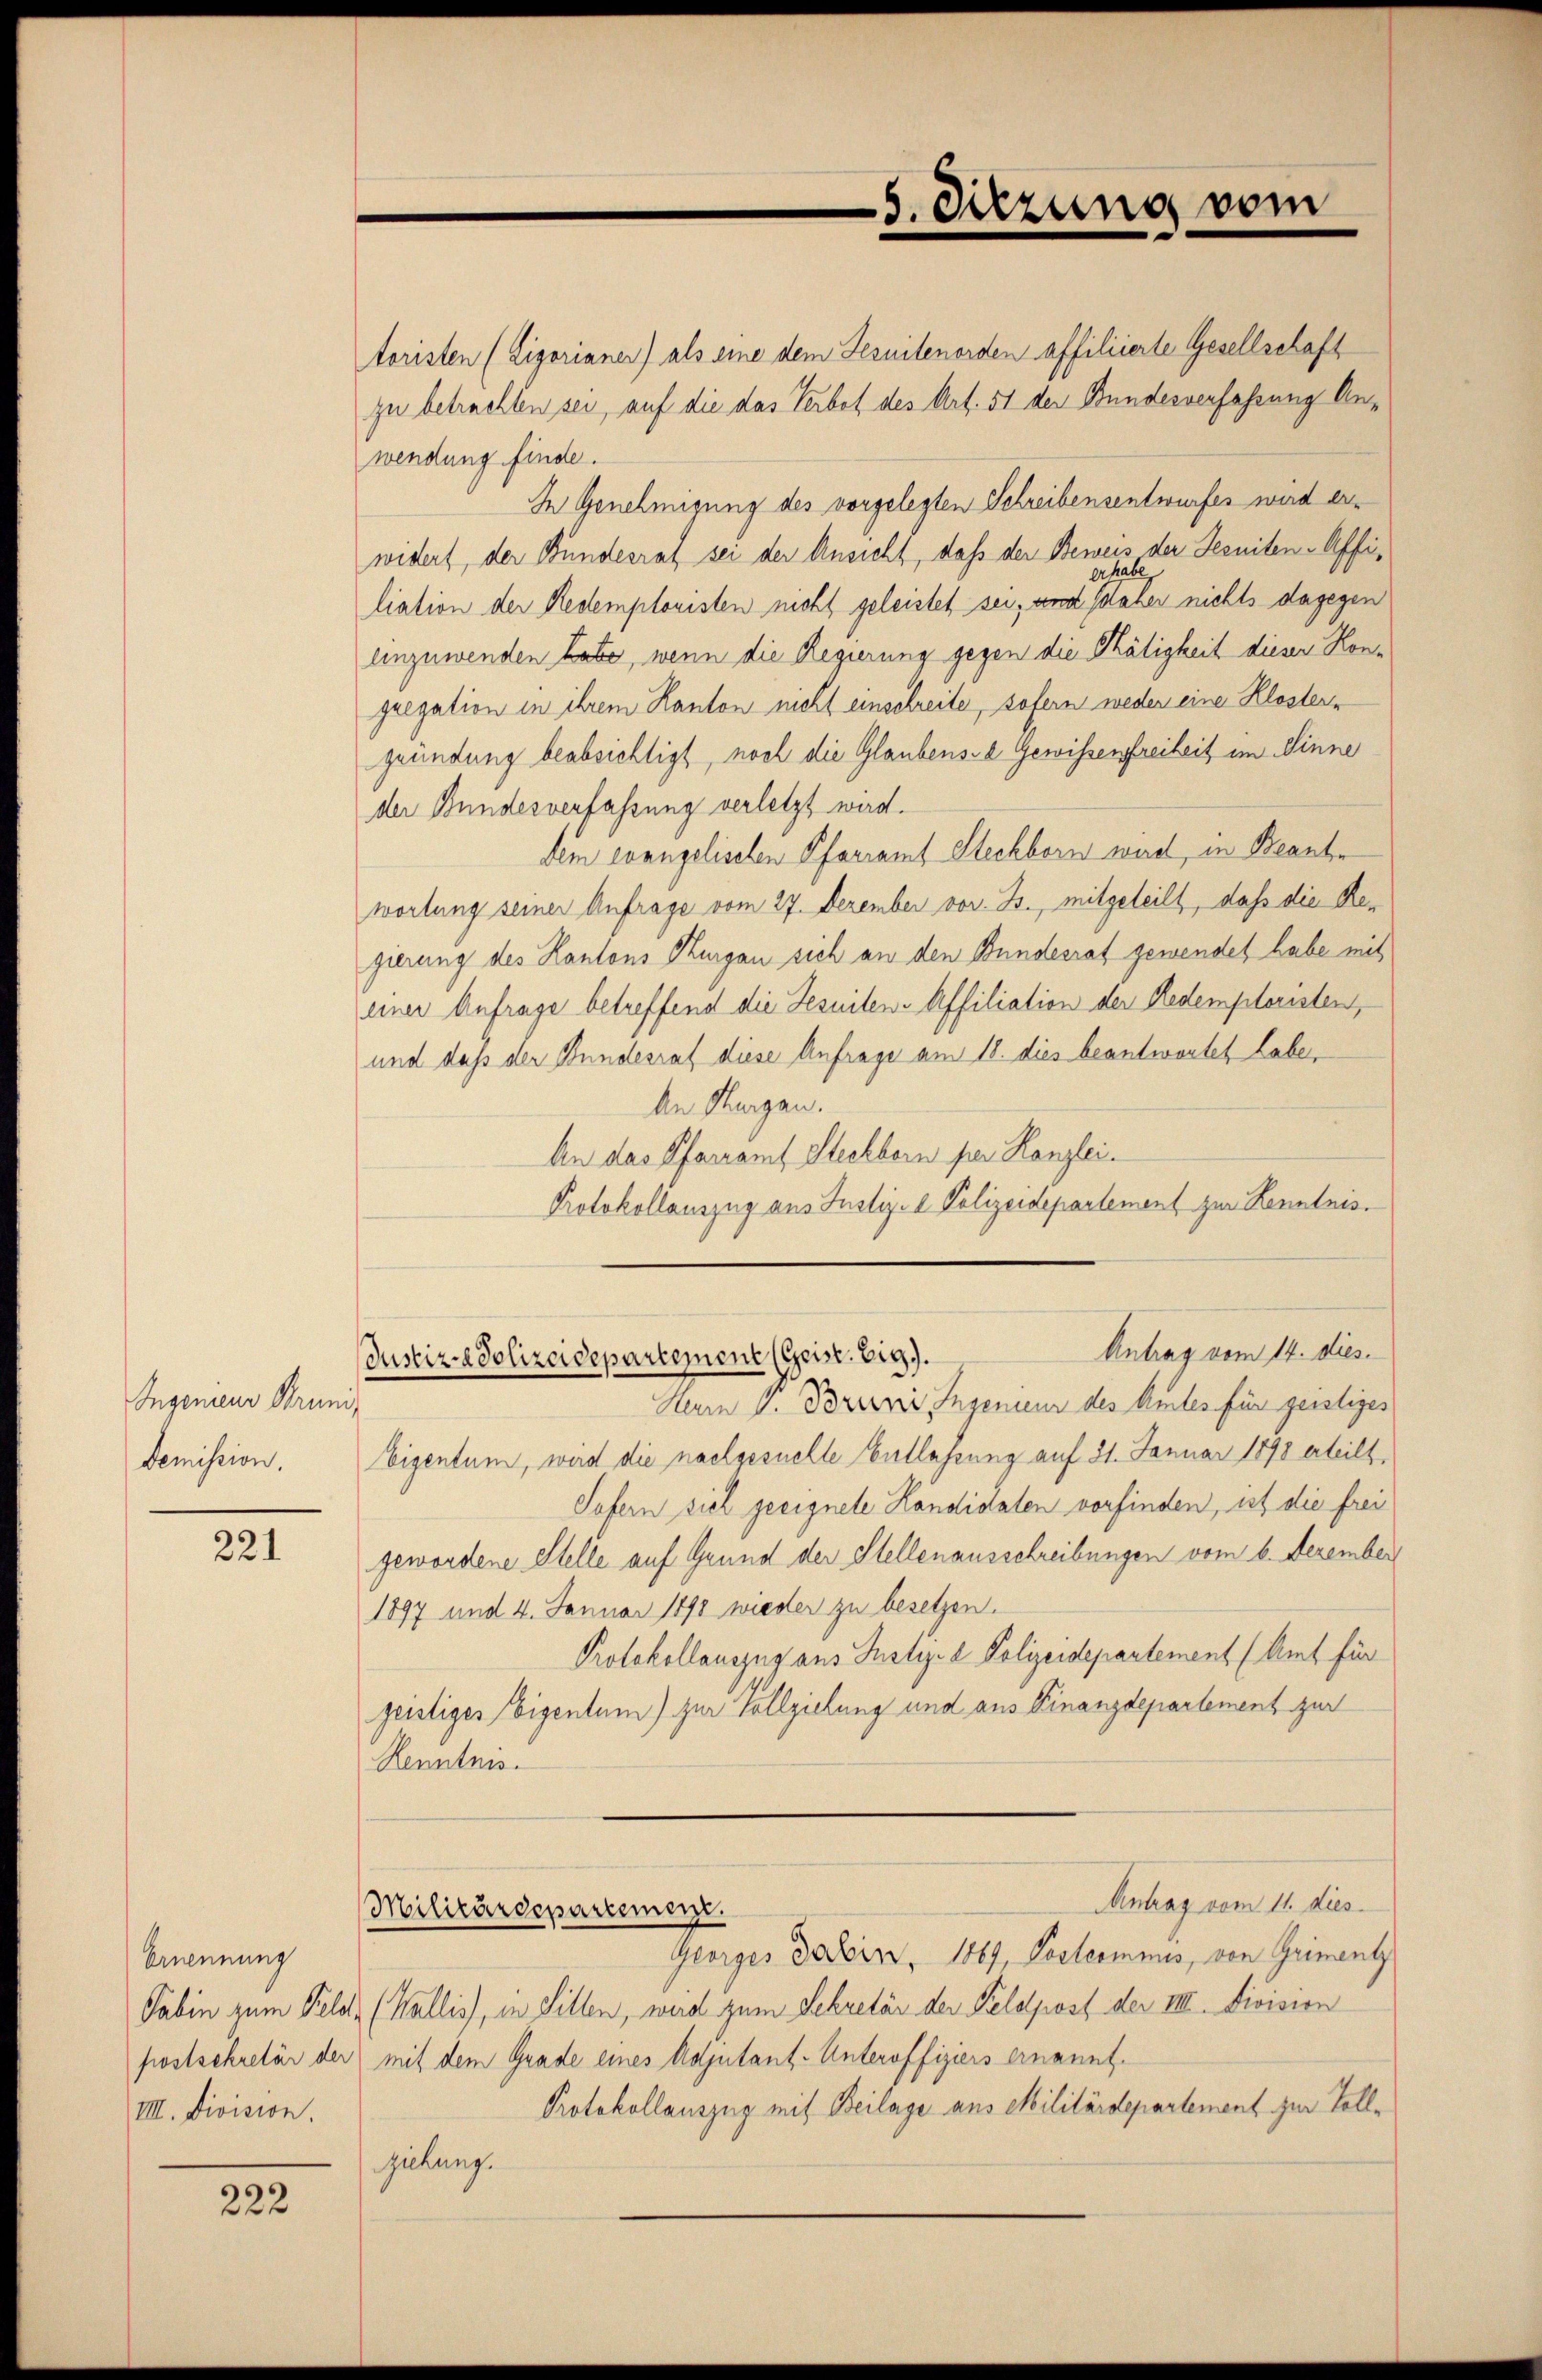
Ingenieur Gruni,
Demission.

221

Ernennung
VIII. Division.

222

toristen (Eigorianer) als eine dem Jesuitenorden affiliierte Gesellschaft
zu betrechten sei, auf die das Verbot des Art. 51 der Bundesverfahrung Anwendung finde.
In Genehmigung des vorgelegten Schreibensentwurfes wird erwidert, der Bundesrat sei der Ansicht, daß der Beweis der Jesuiten-Affirhabe,
liation der Redemplonisten nicht geleistet sei, und daher nichts dagegen
einzuwenden habe, wenn die Regierung gegen die Thätigkeit dieser Kongregation in ihrem Kanton nicht einschreibe, sofern weder eine Klostengründung beabsichtigt, noch die Glaubens- & Gewissensfreiheit im Sinne
der Bundesverfassung verletzt wird.
dem evangelischen Pfarramt Steckborn wird, in Beante
wortung seiner Anfrage vom 27. Dezember vor. B., mitgeteilt, daß die Regierung des Kantons Thurgau sich an den Bundesrat gewendet habe mit
einer Anfrage betreffend die Jesuiten-Affiliation der Redemptoristen,
und daß der Bundesrat diese Anfrage am 18. dies beantwortet habe,
An Thurgau.
An das Pfarramt Steckborn per Kanzlei.
Protokollauszug aus Justiz- & Polizeidepartement zur Kenntnis.
Antrag vom 14. dies.
Justizadolizeidepartement (Geist. Vig).
Nein P. Boren Ingenieur des Amtes für geistiges
Ebigentum, wird die nachgesuchte Entlassung auf 21. Januar 1898 erteilt,
Sofern sich geeignete Kandidaten vorfinden, ist die frei
gewordene Stelle auf Grund der Stellenausschreibungen vom 6. Dezember
1897 und 4. Januar 1890 wieder zu besetzen.
Protokollauszug aus Justiz- & Polizeidepartement (Amt für
geistiges Eigentum) zur Vollziehung und aus Finanzdepartement zur
Kenntnis.
Antrag vom 11. dies
Militärdepartement.
Georges darin, 1869, Postcommis, von Griment
Sabin zum Feld (Wallis, in Sitten, wird zum Sekretär der Feldpost der IIII. Division
fostsekretär der mit dem Grade eines Adjutant- Unteroffiziers ernannt¬
Protokollauszug mit Beilage aus Militärdepartement zur Tollziehung.

5. Sitzung vom